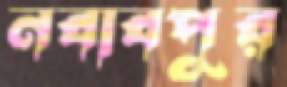
নবাবপুর